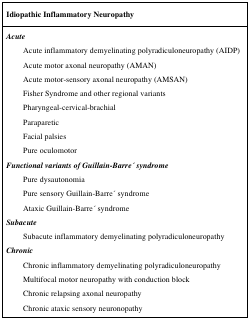
| Idiopathic Inflammatory Neuropathy |
 | --- |
 | Acute |
 | Acute inflammatory demyelinating polyradiculoneuropathy (AIDP) |
 | Acute motor axonal neuropathy (AMAN) |
 | Acute motor-sensory axonal neuropathy (AMSAN) |
 | Fisher Syndrome and other regional variants |
 | Pharyngeal-cervical-brachial |
 | Paraparetic |
 | Facial palsies |
 | Pure oculomotor |
 | Functional variants of Guillain-Barre ́ syndrome |
 | Pure dysautonomia |
 | Pure sensory Guillain-Barre ́ syndrome |
 | Ataxic Guillain-Barre ́ syndrome |
 | Subacute |
 | Subacute inflammatory demyelinating polyradiculoneuropathy |
 | Chronic |
 | Chronic inflammatory demyelinating polyradiculoneuropathy |
 | Multifocal motor neuropathy with conduction block |
 | Chronic relapsing axonal neuropathy |
 | Chronic ataxic sensory neuronopathy |